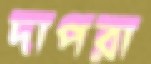
দাপরা